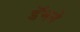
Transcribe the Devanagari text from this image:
डॅमने